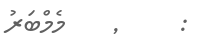
: